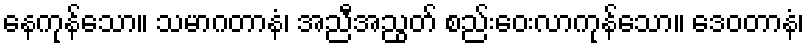
နေကုန်သော။ သမာဂတာနံ၊ အညီအညွတ် စည်းဝေးလာကုန်သော။ ဒေဝတာနံ၊